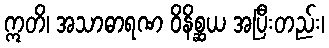
ဣတိ၊ အသာဓာရဏ ဝိနိစ္ဆယ အပြီးတည်း၊